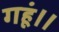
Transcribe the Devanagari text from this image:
गहूं॥